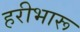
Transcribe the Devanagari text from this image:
हरीभारू